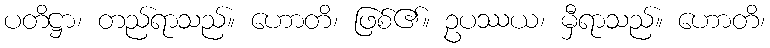
ပတိဋ္ဌာ၊ တည်ရာသည်။ ဟောတိ၊ ဖြစ်၏။ ဥပဿယ၊ မှီရာသည်။ ဟောတိ၊